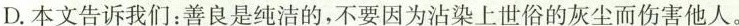
D.本文告诉我们：善良是纯洁的，不要因为沾染上世俗的灰尘而伤害他人。